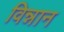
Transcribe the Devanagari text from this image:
विन्नान